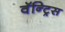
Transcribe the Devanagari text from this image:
वॅन्ट्रिस